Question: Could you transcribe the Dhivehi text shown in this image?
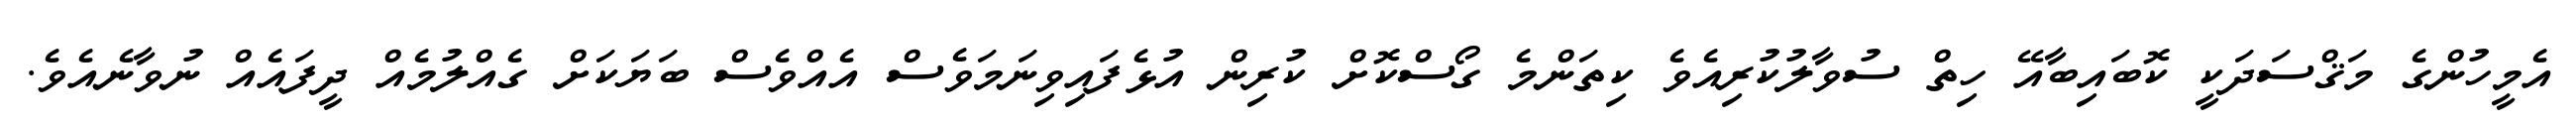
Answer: އެމީހުންގެ މަޤްސަދަކީ ކޮބައިބާއޭ ހިތް ސުވާލުކުރިއެވެ ކިތަންމެ ގޯސްކޮށް ކުރިން އުޅެފައިވިނަމަވެސް އެއްވެސް ބަޔަކަށް ގެއްލުމެއް ދީފައެއް ނުވާނެއެވެ.